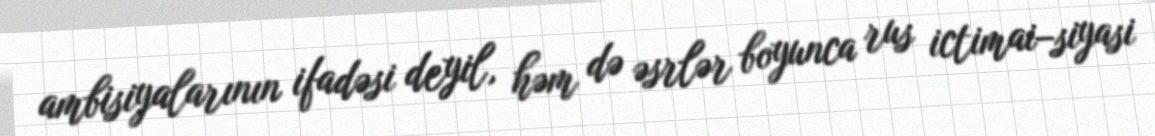
ambisiyalarının ifadəsi deyil, həm də əsrlər boyunca rus ictimai–siyasi